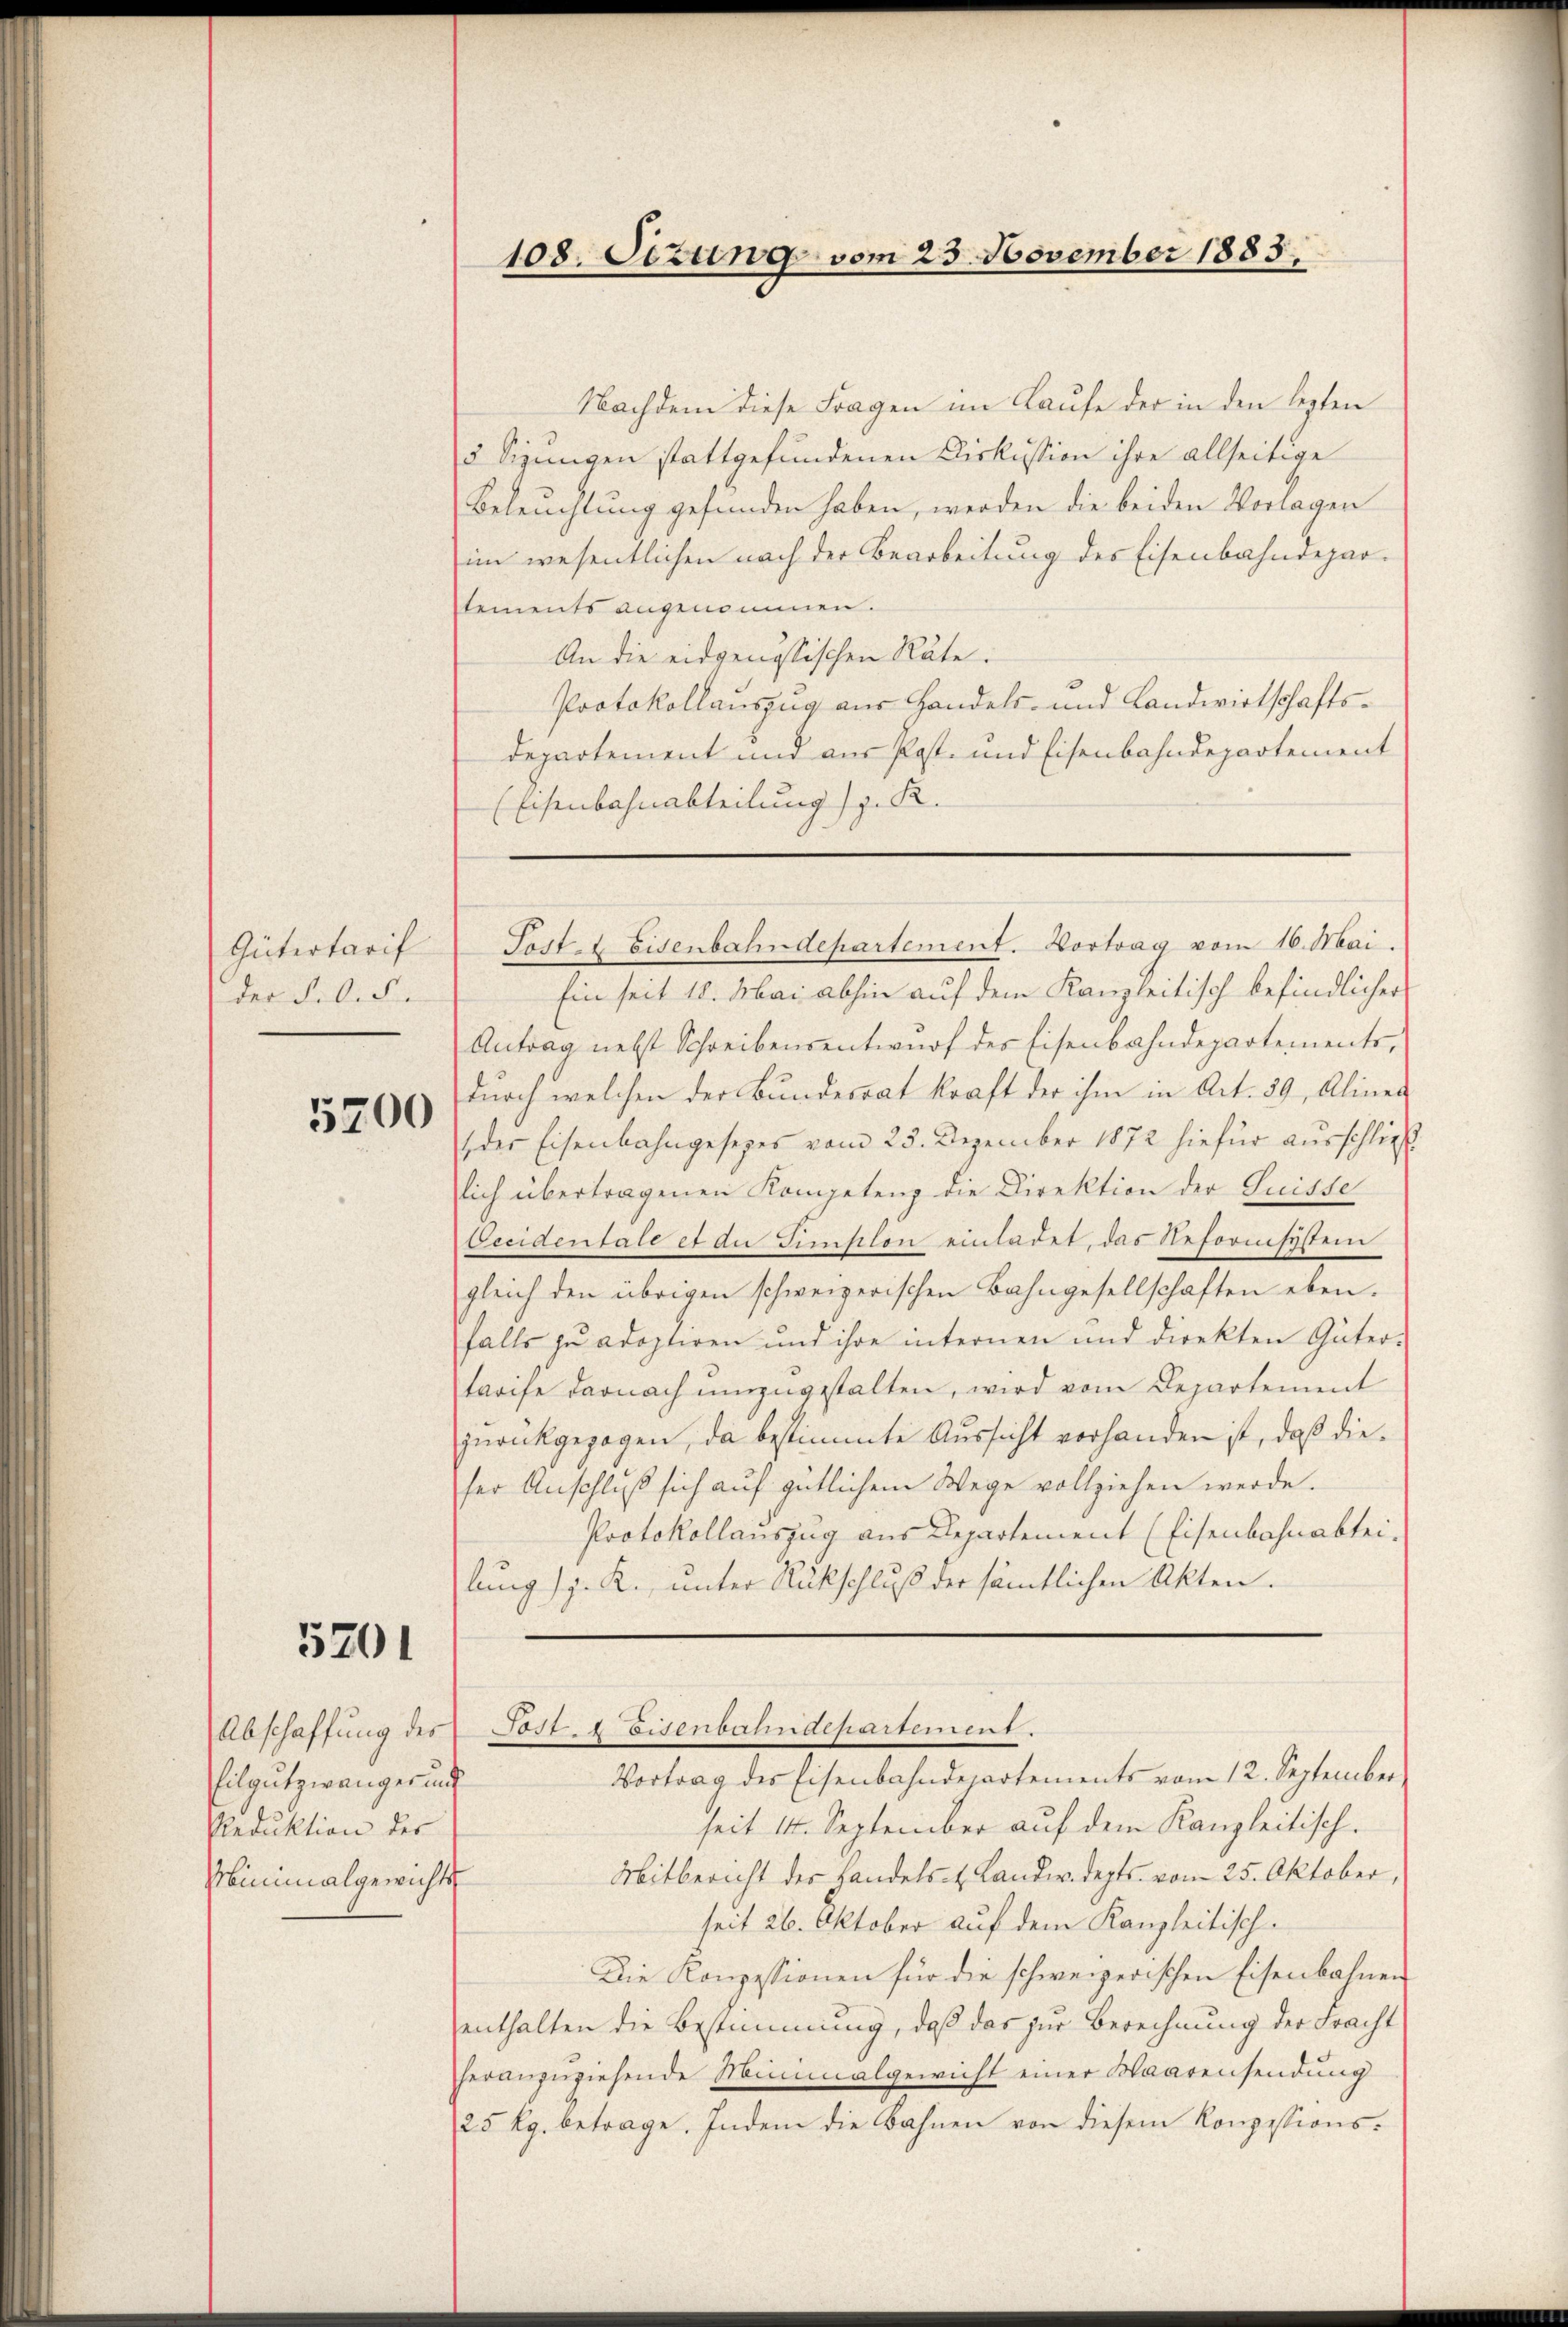
Gütertarif
der Felde

5700

5201

Abschaffung des
filgutzwänger und
Reduktion des
Miminalgewichts

Nachdem diese Fragen im Laufe der in den lezten
5 Sizungen stattgefundenen Diskussion ihre allseitige
Beleuchtung gefunden haben, werden die beiden Vorlagen
im wesentlichen nach der Bearbeitung des Eisenbahndepartements angenommen.
An die eidgenössischen Räte.
Protokollauszug aus Handels- und Landwirtschaftsdepartement und aus Post- und Eisenbahndepartement
Eisenbahnabteilung (s. R

108. Oetung vom 23. November 1883.

Ein seit 18. Mai abhin auf dem Kanzleitisch befindlicher
Antrag nebst Schreibensentwurf des Eisenbahndepartements,
durch welchen der Bundesrat kraft der ihm in Art. 39, Aliner
der Eisenbahngesetzes vom 25. Dezember 1872 hiefür ausschließ
lich übertragenen Kompetenz die Direktion der Guisse
Cecidentale et an Simplon einladet, das Reformsystemn
gleich den übrigen schweizerischen Bahngesellschaften eben.
falls zu adoptiren und ihre internen und direkten Güter-
treife darnach umzugestalten, wird vom Departement
zurückgezogen, da bestimmte Aussicht vorhanden ist, daß diefer Anschluß sich auf gütlichem Wege vollziehen werde.
Protokollanszug aus Departement (Eisenbahnabtei-
lung z. R. unter Rückschluß der sämtlichen Akten.

Poste Eisenbahndepartement. Vortrag vom 16. Mai.

Ost 1 Eisenbahndepartement.

Vortrag des Eisenbahndepartements vom 12. September
seit 14. September auf dem Kanzleitisch.
Mitbericht der Handels- & Landw.depts vom 25. Oktober,
seit 26. Oktober auf dem Kanzleitisch-
Die Konzessionen für die schweizerischen Eisenbahnen
enthalten die Bestimmung, daß das zur Berechnung der Fracht
heranzuziehende Minimalgewicht einer Waarensendung
25 Kg. betrage. Indem die Bahnen von diesem Konzessions¬